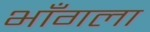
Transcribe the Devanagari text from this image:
भाँगला